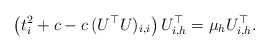
\begin{align*}\left( t_i^2 + c - c \, (U^\top U)_{i,i} \right) U^\top_{i,h} = \mu_h U^\top_{i,h}.\end{align*}